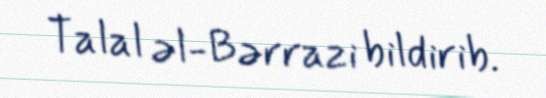
Talal əl-Bərrazi bildirib.